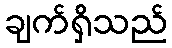
ချက်ရှိသည်